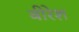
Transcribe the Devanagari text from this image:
बीरेश